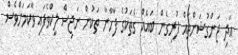
އަދި ޖަންގުޝަންތައް ފުރިގެން ބައެއް ގެތަކުގެ ފާހާނާ ތަކުން ނަޖިސް ލީކްވެފައި ވާކަމަށްވެސް